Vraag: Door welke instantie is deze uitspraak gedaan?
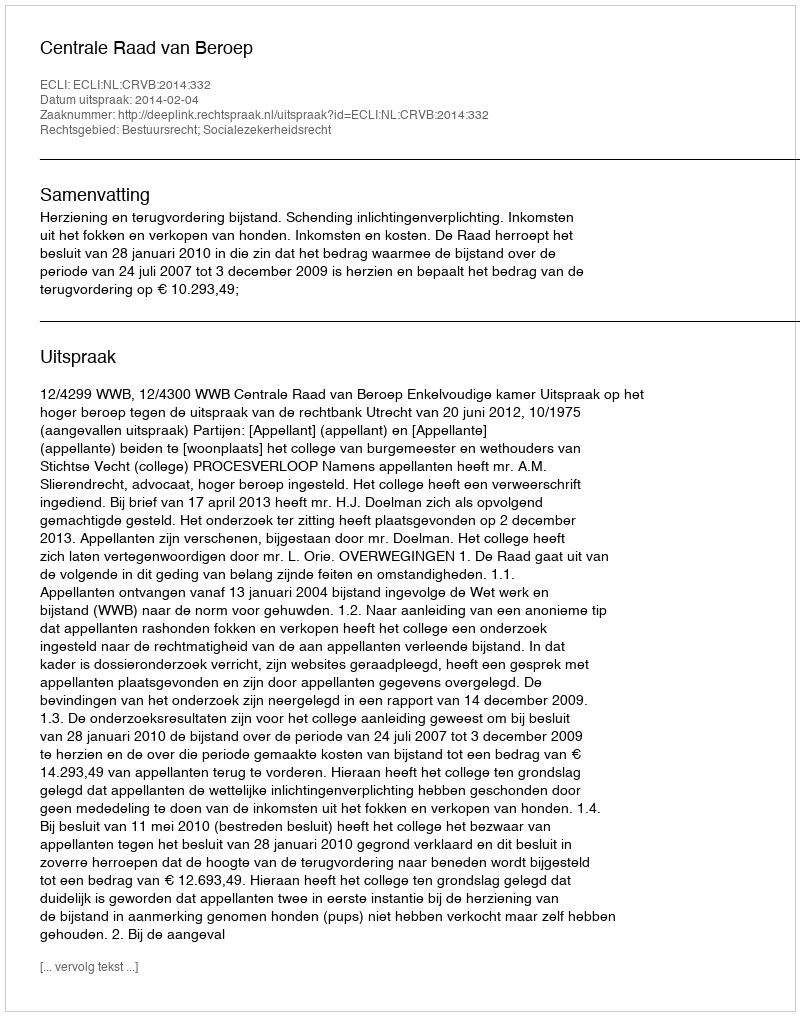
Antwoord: Centrale Raad van Beroep